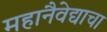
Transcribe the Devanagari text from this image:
महानैवेद्याचा